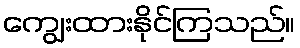
ကျွေးထားနိုင်ကြသည်။